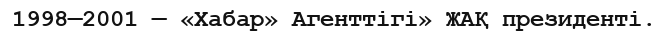
1998—2001 — «Хабар» Агенттігі» ЖАҚ президенті.